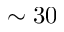
\sim 3 0